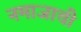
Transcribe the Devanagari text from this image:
नमाजाची